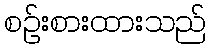
စဉ်းစားထားသည်